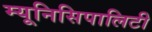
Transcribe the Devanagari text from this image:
म्यूनिसिपालिटी